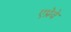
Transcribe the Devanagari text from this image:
एप्रेवे